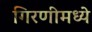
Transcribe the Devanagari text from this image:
गिरणीमध्ये